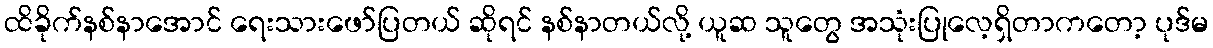
ထိခိုက်နစ်နာအောင် ရေးသားဖော်ပြတယ် ဆိုရင် နစ်နာတယ်လို့ ယူဆ သူတွေ အသုံးပြုလေ့ရှိတာကတော့ ပုဒ်မ